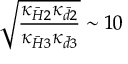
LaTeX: \sqrt { { \frac { \kappa _ { { \bar { H } } 2 } \kappa _ { { \bar { d } } 2 } } { \kappa _ { { \bar { H } } 3 } \kappa _ { { \bar { d } } 3 } } } } \sim 1 0